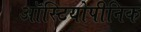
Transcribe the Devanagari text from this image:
ऑस्टियोपीनिक